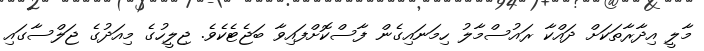
މާލީ އިދާރާތަކަށް ދައްކާ ރައުސްމާލު ހިމަނައިގެން ފާސްކޮށްފައިވާ ބަޖެޓެކެވެ. ޖިލީހުގެ މިއަދުގެ ޖަލްސާގައި